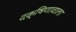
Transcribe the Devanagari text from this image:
दक्षिणावाला